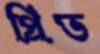
প্রিভ